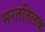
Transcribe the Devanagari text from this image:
भरततिलक